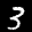
Label: 3